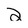
Character: 2